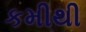
કમીથી